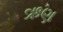
ઋણ